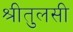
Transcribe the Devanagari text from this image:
श्रीतुलसी